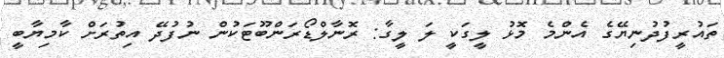
ތައުރީފުދުނިޔޭގެ އެންމެ މޮޅު ލީގަކީ ލަ ލީގާ: ރޮނާލްޑޯރަންބޫޓަކުން ނުފުދޭ އިތުރަށް ކާމިޔާބީ